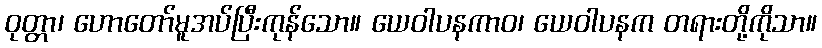
ဝုတ္တာ၊ ဟောတော်မူအပ်ပြီးကုန်သော။ ယေဝါပနကာဝ၊ ယေဝါပနက တရားတို့ကိုသာ။